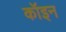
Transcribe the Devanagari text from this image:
कॉइन